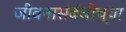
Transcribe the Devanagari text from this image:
जीवनासंबंधीच्या